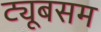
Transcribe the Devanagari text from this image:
ट्यूबसम